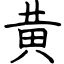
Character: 黄